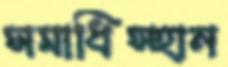
সমাধিস্হান